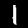
Label: 1